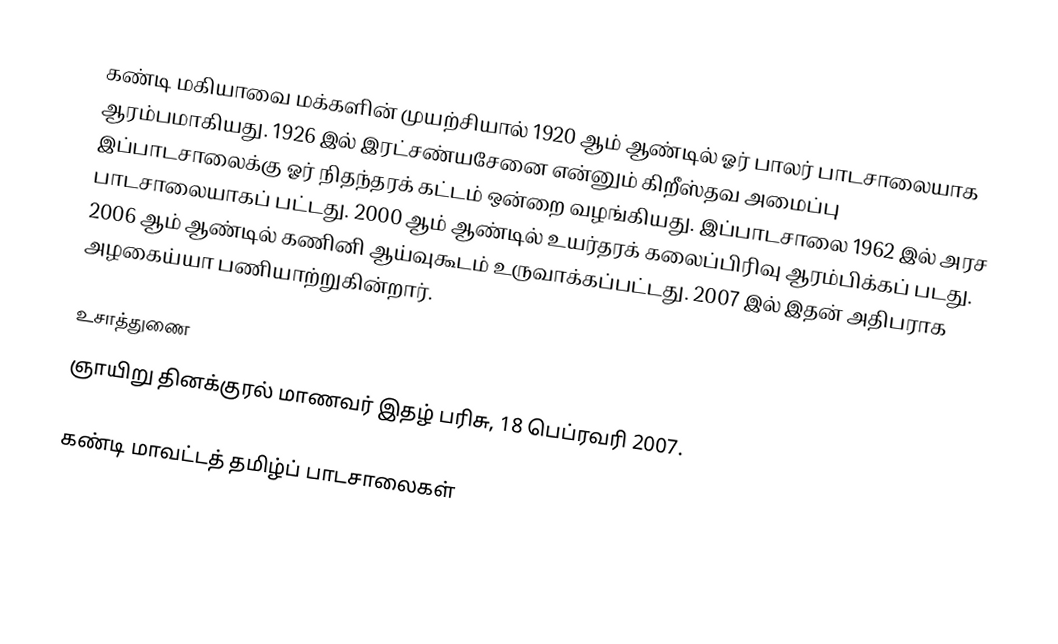
கண்டி மகியாவை மக்களின் முயற்சியால் 1920 ஆம் ஆண்டில் ஓர் பாலர் பாடசாலையாக ஆரம்பமாகியது. 1926 இல் இரட்சண்யசேனை என்னும் கிறீஸ்தவ அமைப்பு இப்பாடசாலைக்கு ஓர் நிதந்தரக் கட்டம் ஒன்றை வழங்கியது. இப்பாடசாலை 1962 இல் அரச பாடசாலையாகப் பட்டது. 2000 ஆம் ஆண்டில் உயர்தரக் கலைப்பிரிவு ஆரம்பிக்கப் படது. 2006 ஆம் ஆண்டில் கணினி ஆய்வுகூடம் உருவாக்கப்பட்டது. 2007 இல் இதன் அதிபராக அழகைய்யா பணியாற்றுகின்றார்.

உசாத்துணை
ஞாயிறு தினக்குரல் மாணவர் இதழ் பரிசு, 18 பெப்ரவரி 2007.

கண்டி மாவட்டத் தமிழ்ப் பாடசாலைகள்